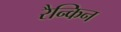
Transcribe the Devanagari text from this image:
रैन्किन